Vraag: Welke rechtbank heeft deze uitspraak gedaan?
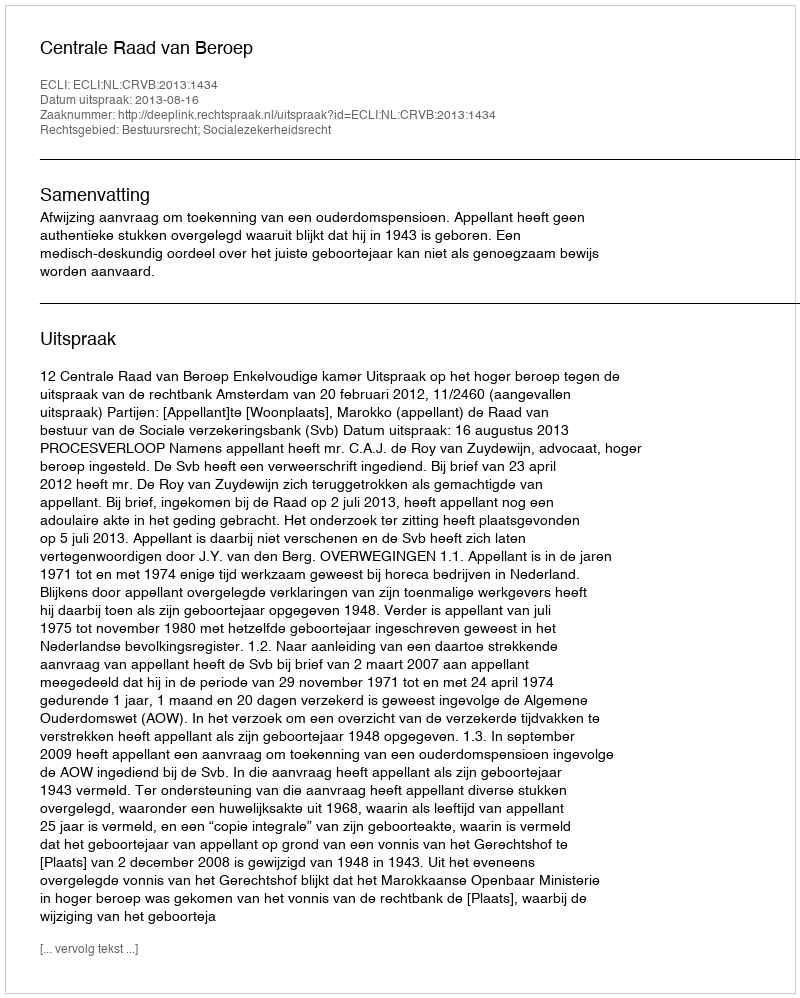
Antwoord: Centrale Raad van Beroep